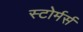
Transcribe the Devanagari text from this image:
स्टोर्मर्स